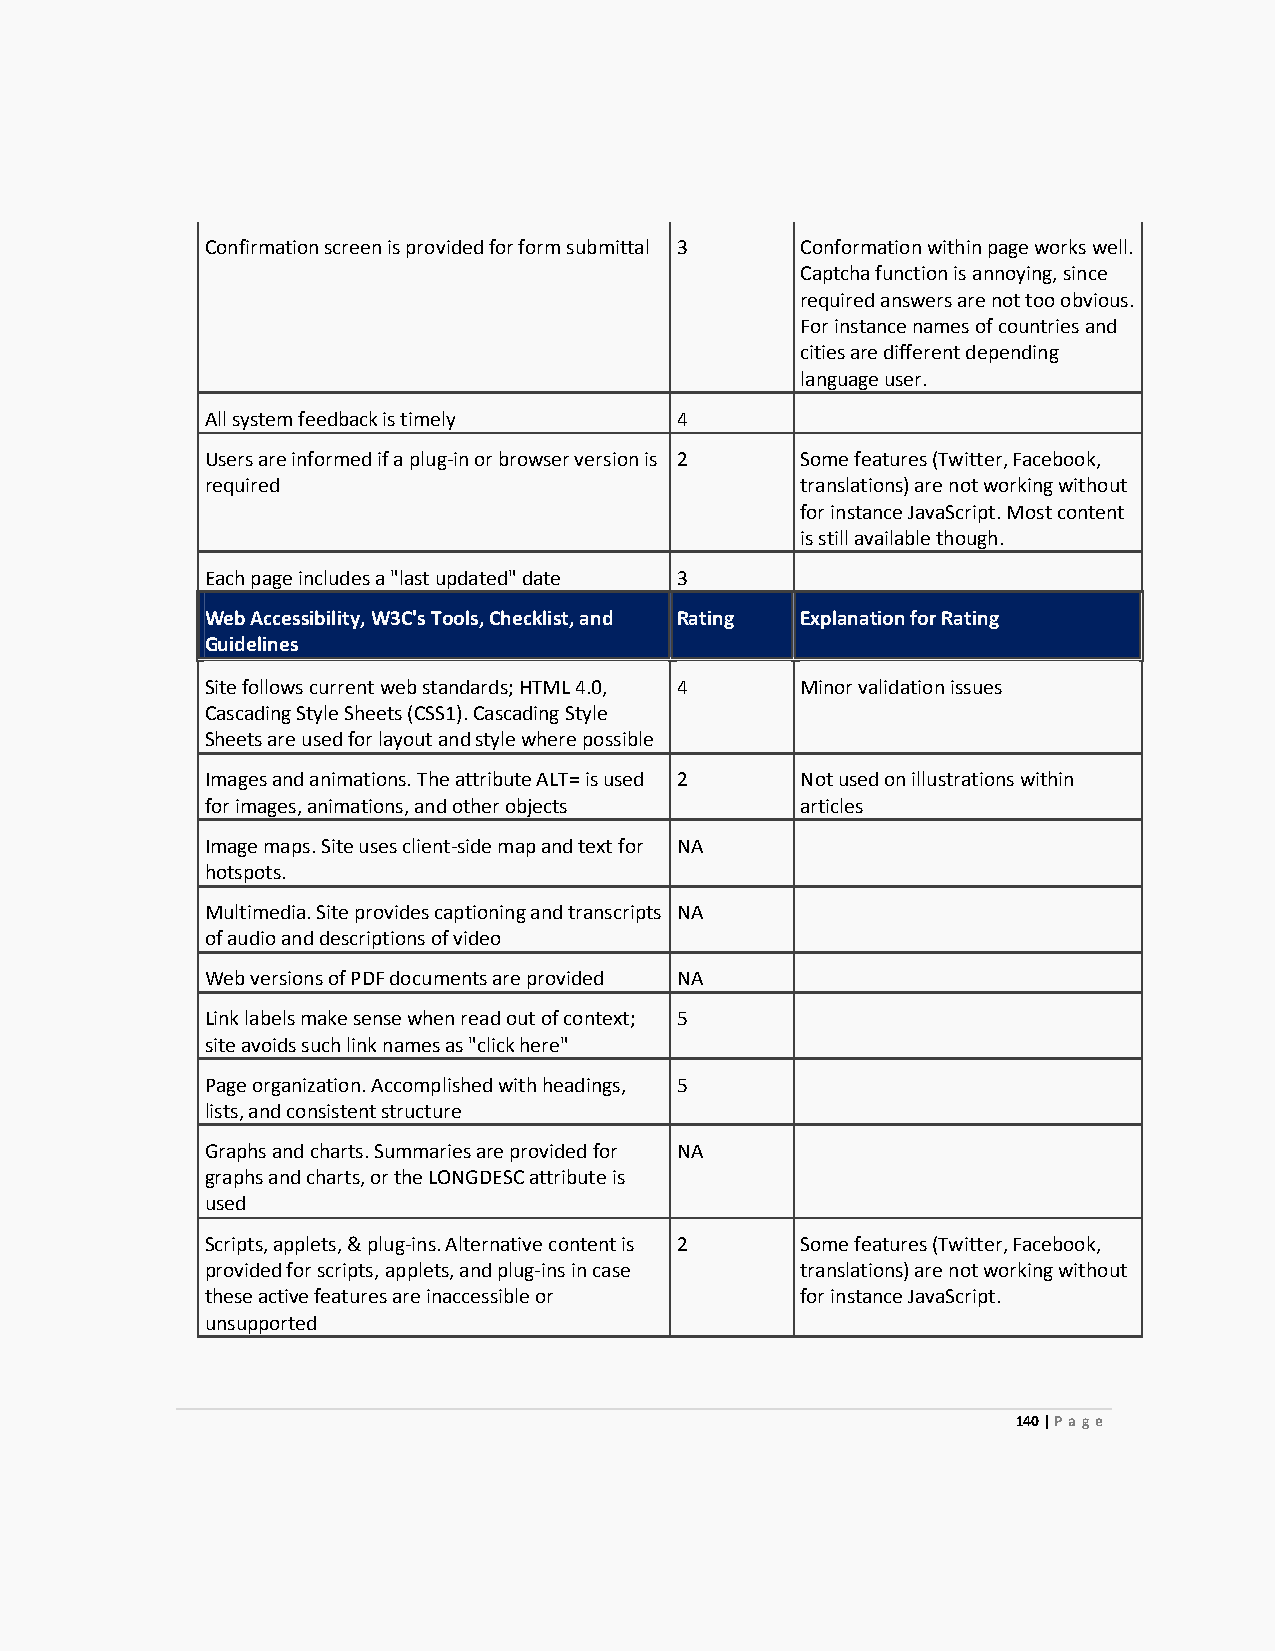
Confirmation screen is provided for form submittal 3 Conformation within page works well.
 Captcha function is annoying, since
 required answers are not too obvious.
 For instance names of countries and
 cities are different depending
 language user.
 All system feedback is timely  4
 Users are informed if a plug-in or browser version is 2 Some features (Twitter, Facebook,
 required                               translations) are not working without
 for instance JavaScript. Most content
 is still available though.
 Each page includes a "last updated" date 3
 Web Accessibility, W3C's Tools, Checklist, and Rating Explanation for Rating
 Guidelines
 Site follows current web standards; HTML 4.0, 4 Minor validation issues
 Cascading Style Sheets (CSS1). Cascading Style
 Sheets are used for layout and style where possible
 Images and animations. The attribute ALT= is used 2 Not used on illustrations within
 for images, animations, and other objects articles
 Image maps. Site uses client-side map and text for NA
 hotspots.
 Multimedia. Site provides captioning and transcripts NA
 of audio and descriptions of video
 Web versions of PDF documents are provided NA
 Link labels make sense when read out of context; 5
 site avoids such link names as "click here"
 Page organization. Accomplished with headings, 5
 lists, and consistent structure
 Graphs and charts. Summaries are provided for NA
 graphs and charts, or the LONGDESC attribute is
 used
 Scripts, applets, & plug-ins. Alternative content is 2 Some features (Twitter, Facebook,
 provided for scripts, applets, and plug-ins in case translations) are not working without
 these active features are inaccessible or for instance JavaScript.
 unsupported
 140 | Page